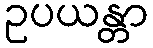
ဥပယန္တာ